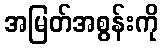
အမြတ်အစွန်းကို